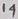
Text: 14